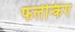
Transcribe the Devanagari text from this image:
फलेन्किंग